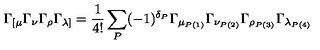
\Gamma _ { [ \mu } \Gamma _ { \nu } \Gamma _ { \rho } \Gamma _ { \lambda ] } = \frac { 1 } { 4 ! } \sum _ { P } ( - 1 ) ^ { \delta _ { P } } \Gamma _ { \mu _ { P ( 1 ) } } \Gamma _ { \nu _ { P ( 2 ) } } \Gamma _ { \rho _ { P ( 3 ) } } \Gamma _ { \lambda _ { P ( 4 ) } }